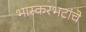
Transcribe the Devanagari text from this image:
भास्करभटांचे